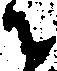
せ